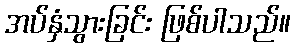
အပ်နှံသွားခြင်း ဖြစ်ပါသည်။